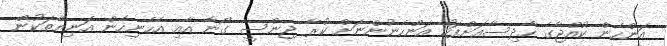
އަންހެން ކުއްޖާގެ ހާދިސާއަށްފަހު އަންހެނުންނަށް ކުރާ ޖިންސީ ގޯނާ އާއި އެހެނިހެން އަނިޔާތަކުން